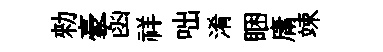
勑豪函祥咄淆睏庸竦